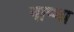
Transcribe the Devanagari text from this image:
नाप्था